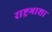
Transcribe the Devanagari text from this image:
राष्ट्रभाशा